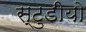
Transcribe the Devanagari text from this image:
स्टुडीयो